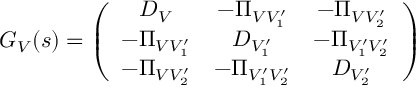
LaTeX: G _ { V } ( s ) = \left( \begin{array} { c c c } { { D _ { V } } } & { { - \Pi _ { V V _ { 1 } ^ { \prime } } } } & { { - \Pi _ { V V _ { 2 } ^ { \prime } } } } \\ { { - \Pi _ { V V _ { 1 } ^ { \prime } } } } & { { D _ { V _ { 1 } ^ { \prime } } } } & { { - \Pi _ { V _ { 1 } ^ { \prime } V _ { 2 } ^ { \prime } } } } \\ { { - \Pi _ { V V _ { 2 } ^ { \prime } } } } & { { - \Pi _ { V _ { 1 } ^ { \prime } V _ { 2 } ^ { \prime } } } } & { { D _ { V _ { 2 } ^ { \prime } } } } \end{array} \right) \;